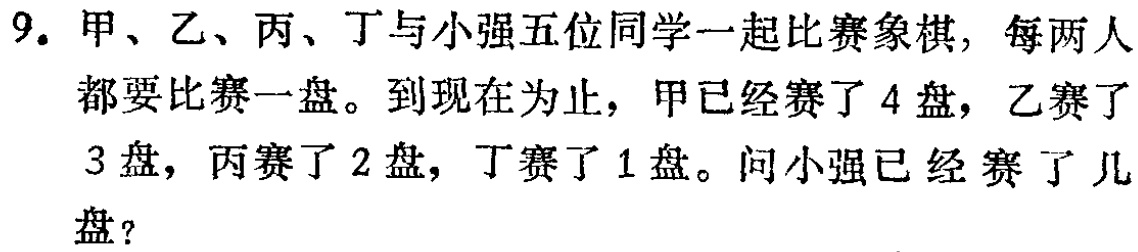
9. 甲、乙、丙、丁与小强五位同学一起比赛象棋，每两人都要比赛一盘。到现在为止，甲已经赛了 4 盘，乙赛了 3 盘，丙赛了 2 盘，丁赛了 1 盘。问小强已经赛了几盘？